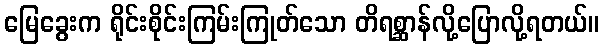
မြေခွေးက ရိုင်းစိုင်းကြမ်းကြုတ်သော တိရစ္ဆာန်လို့ပြောလို့ရတယ်။